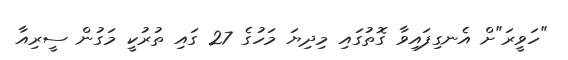
"ހަވީރަ"ށް އެނގިފައިވާ ގޮތުގައި މިދިޔަ މަހުގެ 27 ގައި ތުރުކީ މަގުން ސީރިއާ